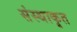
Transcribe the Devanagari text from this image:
संस्थाकृत